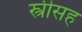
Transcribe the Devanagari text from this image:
स्त्रीसह